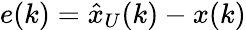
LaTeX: e(k)={\hat{x}}_{U}(k)-x(k)